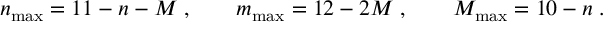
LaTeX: n _ { \mathrm { m a x } } = 1 1 - n - M \; , \qquad m _ { \mathrm { m a x } } = 1 2 - 2 M \; , \qquad M _ { \mathrm { m a x } } = 1 0 - n \; .